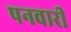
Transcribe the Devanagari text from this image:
पनवारी